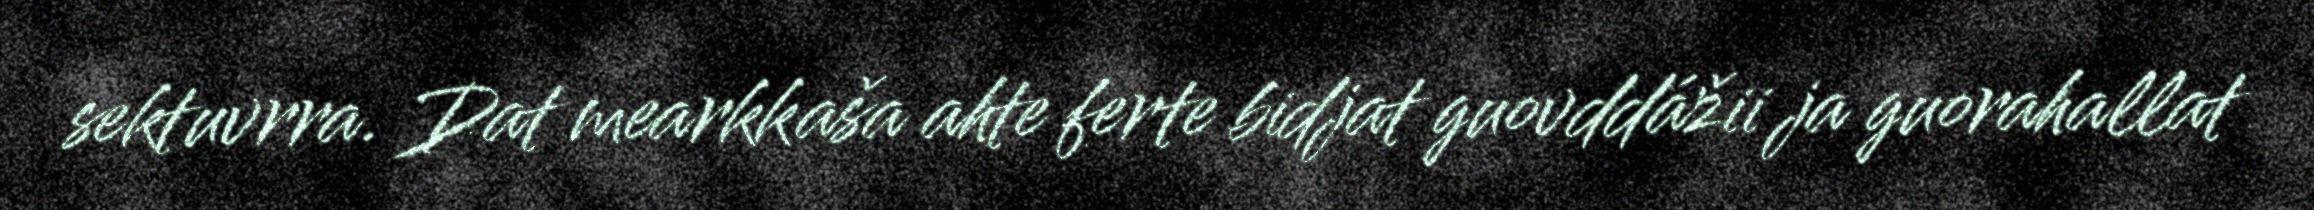
sektuvrra. Dat mearkkaša ahte ferte bidjat guovddážii ja guorahallat